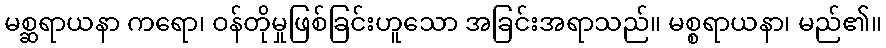
မစ္ဆရာယနာ ကရော၊ ဝန်တိုမှုဖြစ်ခြင်းဟူသော အခြင်းအရာသည်။ မစ္စရာယနာ၊ မည်၏။